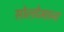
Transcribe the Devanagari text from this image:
सोलोमान